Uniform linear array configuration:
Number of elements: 24
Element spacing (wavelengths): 0.75
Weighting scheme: blackman
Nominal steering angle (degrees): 30
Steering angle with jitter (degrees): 31.043
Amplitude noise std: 0.05
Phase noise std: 0.05

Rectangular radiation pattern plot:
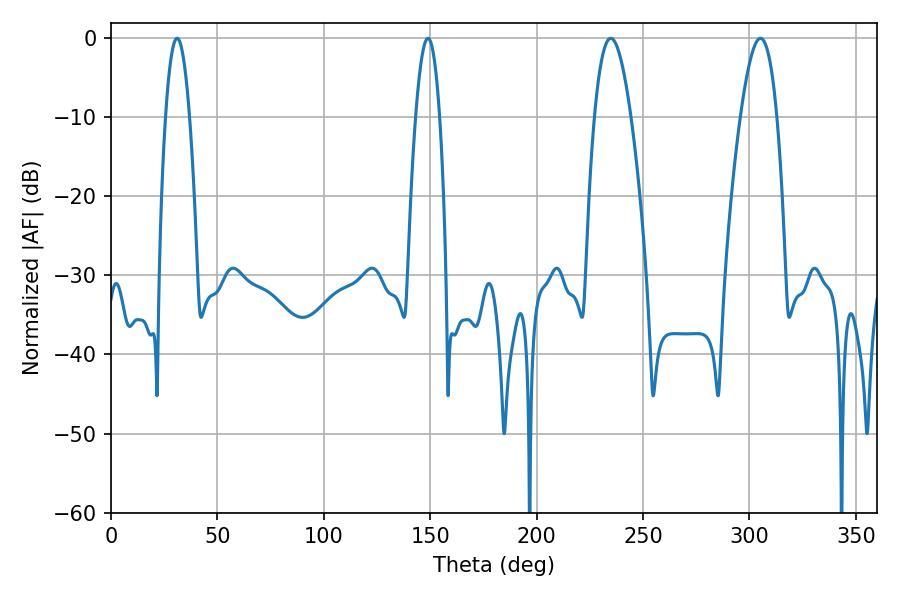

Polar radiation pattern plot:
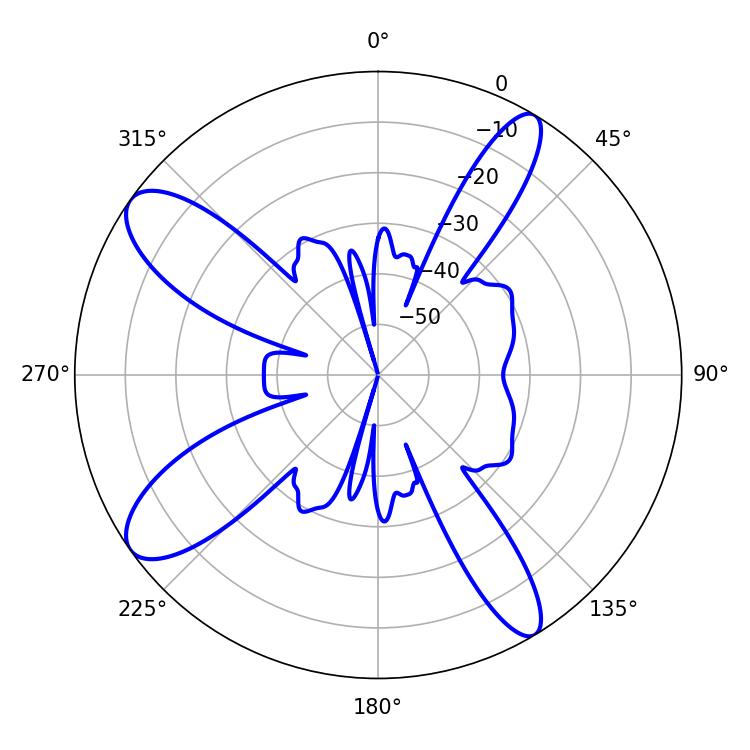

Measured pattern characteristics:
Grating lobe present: TRUE
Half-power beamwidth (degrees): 9.36
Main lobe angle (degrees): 234.9